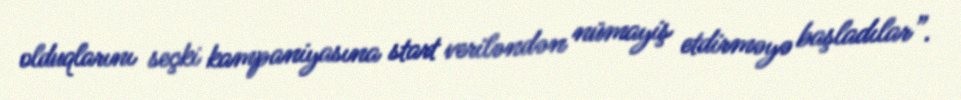
olduqlarını seçki kampaniyasına start veriləndən nümayiş etdirməyə başladılar”.